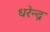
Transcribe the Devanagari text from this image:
धरेन्द्र